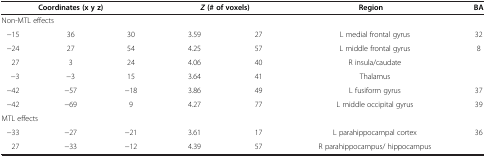
<table><thead><tr><td colspan="3"><b>Coordinates (x y z)</b></td><td colspan="2"><b><i>Z </i>(# of voxels)</b></td><td><b>Region</b></td><td><b>BA</b></td></tr></thead><tbody><tr><td colspan="7">Non-MTL effects</td></tr><tr><td>−15</td><td>36</td><td>30</td><td>3.59</td><td>27</td><td> L medial frontal gyrus</td><td>32</td></tr><tr><td>−24</td><td>27</td><td>54</td><td>4.25</td><td>57</td><td> L middle frontal gyrus</td><td>8</td></tr><tr><td> 27</td><td>3</td><td>24</td><td>4.06</td><td>40</td><td> R insula/caudate</td><td> </td></tr><tr><td> −3</td><td>−3</td><td>15</td><td>3.64</td><td>41</td><td> Thalamus</td><td> </td></tr><tr><td>−42</td><td>−57</td><td>−18</td><td>3.86</td><td>49</td><td> L fusiform gyrus</td><td>37</td></tr><tr><td>−42</td><td>−69</td><td>9</td><td>4.27</td><td>77</td><td> L middle occipital gyrus</td><td>39</td></tr><tr><td colspan="7">MTL effects</td></tr><tr><td>−33</td><td>−27</td><td>−21</td><td>3.61</td><td>17</td><td> L parahippocampal cortex</td><td>36</td></tr><tr><td> 27</td><td>−33</td><td>−12</td><td>4.39</td><td>57</td><td> R parahippocampus/ hippocampus</td><td> </td></tr></tbody></table>